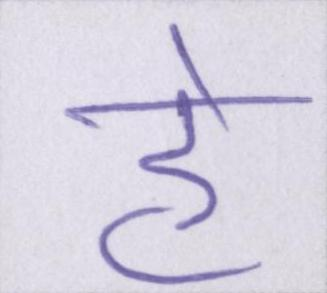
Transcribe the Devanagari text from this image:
हे